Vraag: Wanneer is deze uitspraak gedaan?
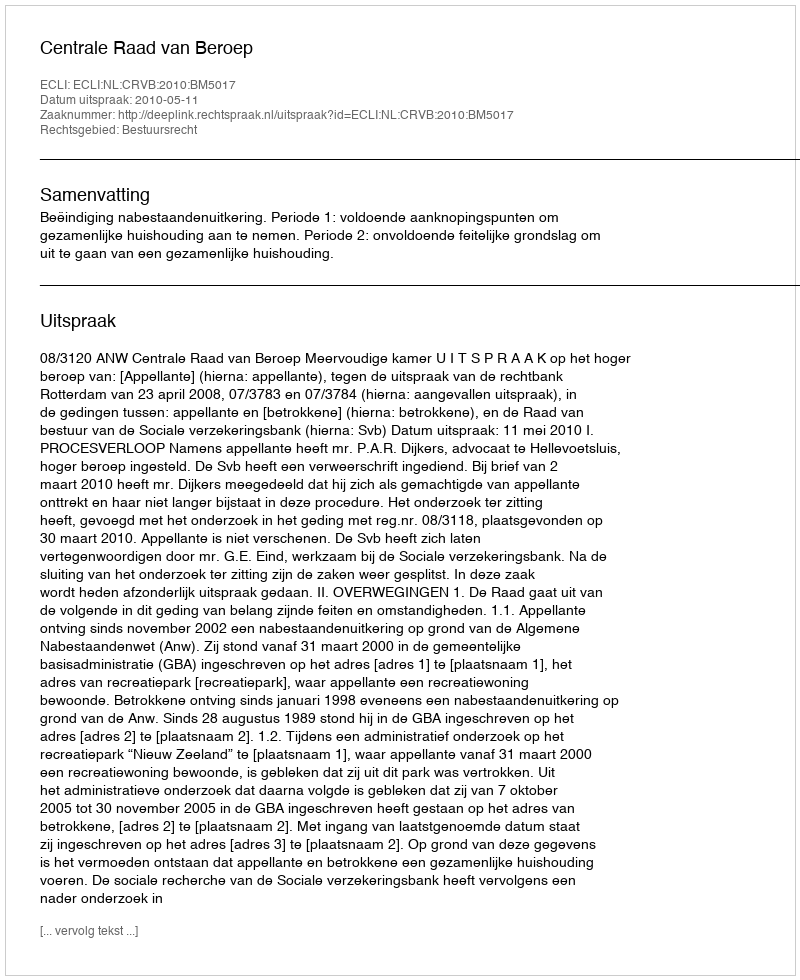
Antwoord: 2010-05-11